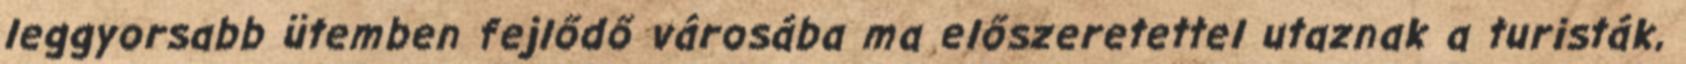
leggyorsabb ütemben fejlődő városába ma előszeretettel utaznak a turisták,